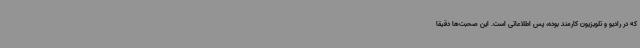
که در رادیو و تلویزیون کارمند بوده، پس اطلاعاتی است. این صحبت‌ها دقیقا